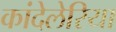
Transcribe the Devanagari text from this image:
कांदेलेरिया